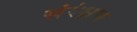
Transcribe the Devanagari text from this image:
संरंक्षण